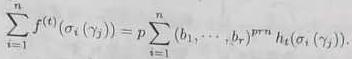
\[\sum_{i=1}^{n} f^{(t)}\left(\sigma_{i}\left(\gamma_{j}\right)\right)=p \sum_{i=1}^{n}\left(b_{i_{1}, \cdots, i_{r}}\right)^{p^{m}} h_{t}\left(\sigma_{i}\left(\gamma_{j}\right)\right).\]